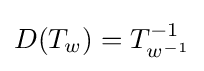
D(T_{w})=T_{w^{-1}}^{-1}